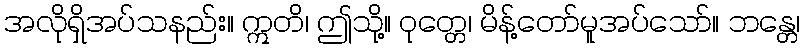
အလိုရှိအပ်သနည်း။ ဣတိ၊ ဤသို့။ ဝုတ္တေ၊ မိန့်တော်မူအပ်သော်။ ဘန္တေ၊